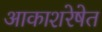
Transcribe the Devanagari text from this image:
आकाशरेषेत